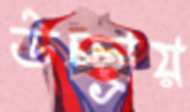
উচ্ছ্রায়